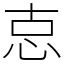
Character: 怘